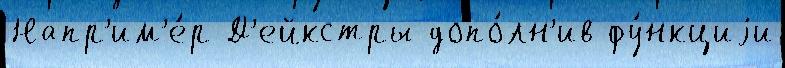
Напр'им'е́р Д'ейкстры допо́лн'ив фу́нкциjи